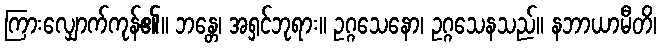
ကြားလျှောက်ကုန်၏။ ဘန္တေ၊ အရှင်ဘုရား။ ဥဂ္ဂသေနော၊ ဥဂ္ဂသေနသည်။ နဘာယာမီတိ၊